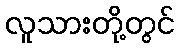
လူသားတို့တွင်